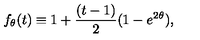
f _ { \theta } ( t ) \equiv 1 + { \frac { ( t - 1 ) } { 2 } } ( 1 - e ^ { 2 \theta } ) ,